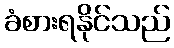
ခံစားရနိုင်သည်